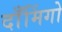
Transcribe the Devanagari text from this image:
दाँमिंगो